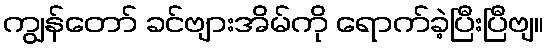
ကျွန်တော် ခင်ဗျားအိမ်ကို ရောက်ခဲ့ပြီးပြီဗျ။